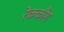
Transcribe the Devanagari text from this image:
रेककौंग